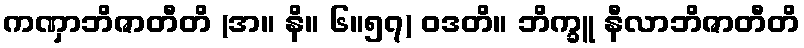
ကဏှာဘိဇာတီတိ (အ။ နိ။ ၆။၅၇) ဝဒတိ။ ဘိက္ခူ နီလာဘိဇာတီတိ